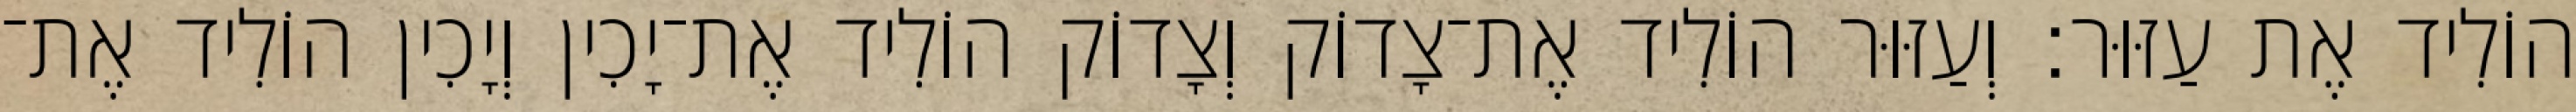
הוֹלִיד אֶת עַזּוּר׃ וְעַזּוּר הוֹלִיד אֶת־צָדוֹק וְצָדוֹק הוֹלִיד אֶת־יָכִין וְיָכִין הוֹלִיד אֶת־